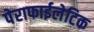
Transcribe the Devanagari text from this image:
पेराफाईलेटिक